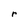
Character: r